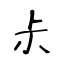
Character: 尗